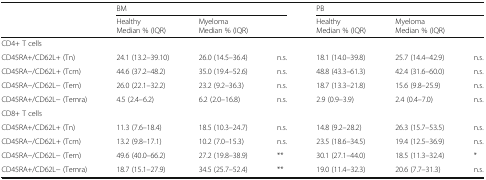
| <ROWSPAN=2>  | <COLSPAN=3> BM | <COLSPAN=3> PB |
 | HealthyMedian % (IQR) | <COLSPAN=2> MyelomaMedian % (IQR) | HealthyMedian % (IQR) | <COLSPAN=2> MyelomaMedian % (IQR) |
 | --- | --- | --- | --- | --- | --- | --- |
 | <COLSPAN=7> CD4+ T cells |
 | CD45RA+/CD62L+ (Tn) | 24.1 (13.2–39.10) | 26.0 (14.5–36.4) | n.s. | 18.1 (14.0–39.8) | 25.7 (14.4–42.9) | n.s. |
 | CD45RA−/CD62L+ (Tcm) | 44.6 (37.2–48.2) | 35.0 (19.4–52.6) | n.s. | 48.8 (43.3–61.3) | 42.4 (31.6–60.0) | n.s. |
 | CD45RA−/CD62L− (Tem) | 26.0 (22.1–32.2) | 23.2 (9.2–36.3) | n.s. | 18.7 (13.3–21.8) | 15.6 (9.8–25.9) | n.s. |
 | CD45RA+/CD62L− (Temra) | 4.5 (2.4–6.2) | 6.2 (2.0–16.8) | n.s. | 2.9 (0.9–3.9) | 2.4 (0.4–7.0) | n.s. |
 | <COLSPAN=7> CD8+ T cells |
 | CD45RA+/CD62L+ (Tn) | 11.3 (7.6–18.4) | 18.5 (10.3–24.7) | n.s. | 14.8 (9.2–28.2) | 26.3 (15.7–53.5) | n.s. |
 | CD45RA−/CD62L+ (Tcm) | 13.2 (9.8–17.1) | 10.2 (7.0–15.3) | n.s. | 23.5 (18.6–34.5) | 19.4 (12.5–36.9) | n.s. |
 | CD45RA−/CD62L− (Tem) | 49.6 (40.0–66.2) | 27.2 (19.8–38.9) | ** | 30.1 (27.1–44.0) | 18.5 (11.3–32.4) | * |
 | CD45RA+/CD62L− (Temra) | 18.7 (15.1–27.9) | 34.5 (25.7–52.4) | ** | 19.0 (11.4–32.3) | 20.6 (7.7–31.3) | n.s. |